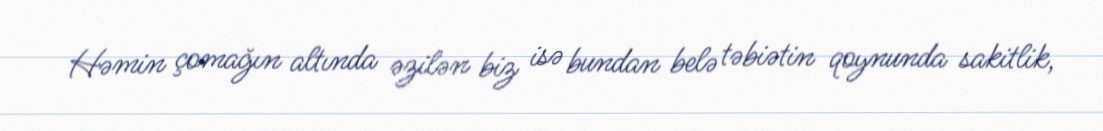
Həmin çomağın altında əzilən biz isə bundan belə təbiətin qoynunda sakitlik,